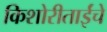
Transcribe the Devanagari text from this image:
किशोरीताईंचे